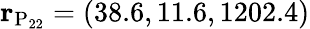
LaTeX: {\mathbf r}_{\mathrm{P_{22}}}=(38.6,11.6,1202.4)